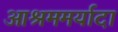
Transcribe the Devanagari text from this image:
आश्रममर्यादा